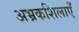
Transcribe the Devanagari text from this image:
अभ्रकशिलाएँ